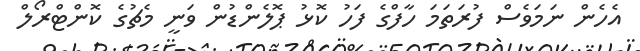
އެހެން ނަމަވެސް ފުރަތަމަ ހާފްގެ ފަހު ކޮޅު ޕޮލެންޑުން ވަނީ މެޗުގެ ކޮންޓްރޯލް